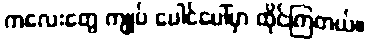
ကလေးတွေ ကျုပ် ပေါင်ပေါ်မှာ ထိုင်ကြတယ်။